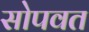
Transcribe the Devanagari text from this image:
सोपवत